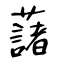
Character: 藷